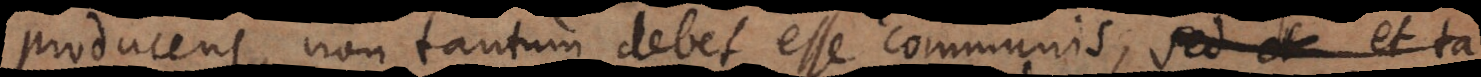
producens, non tantum debet esse communis, sed et et ta